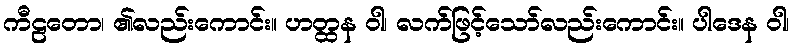
ကီဠတော၊ ၏လည်းကောင်း။ ဟတ္ထန ဝါ၊ လက်ဖြင့်သော်လည်းကောင်း။ ပါဒေန ဝါ၊